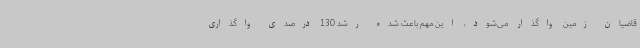
قاضیان زمین واگذار می‌شود، این مهم باعث شده رشد 130 درصدی واگذاری